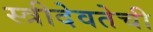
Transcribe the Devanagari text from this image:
स्त्रीदेवतेची